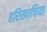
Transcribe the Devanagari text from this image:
हरिखाचिया